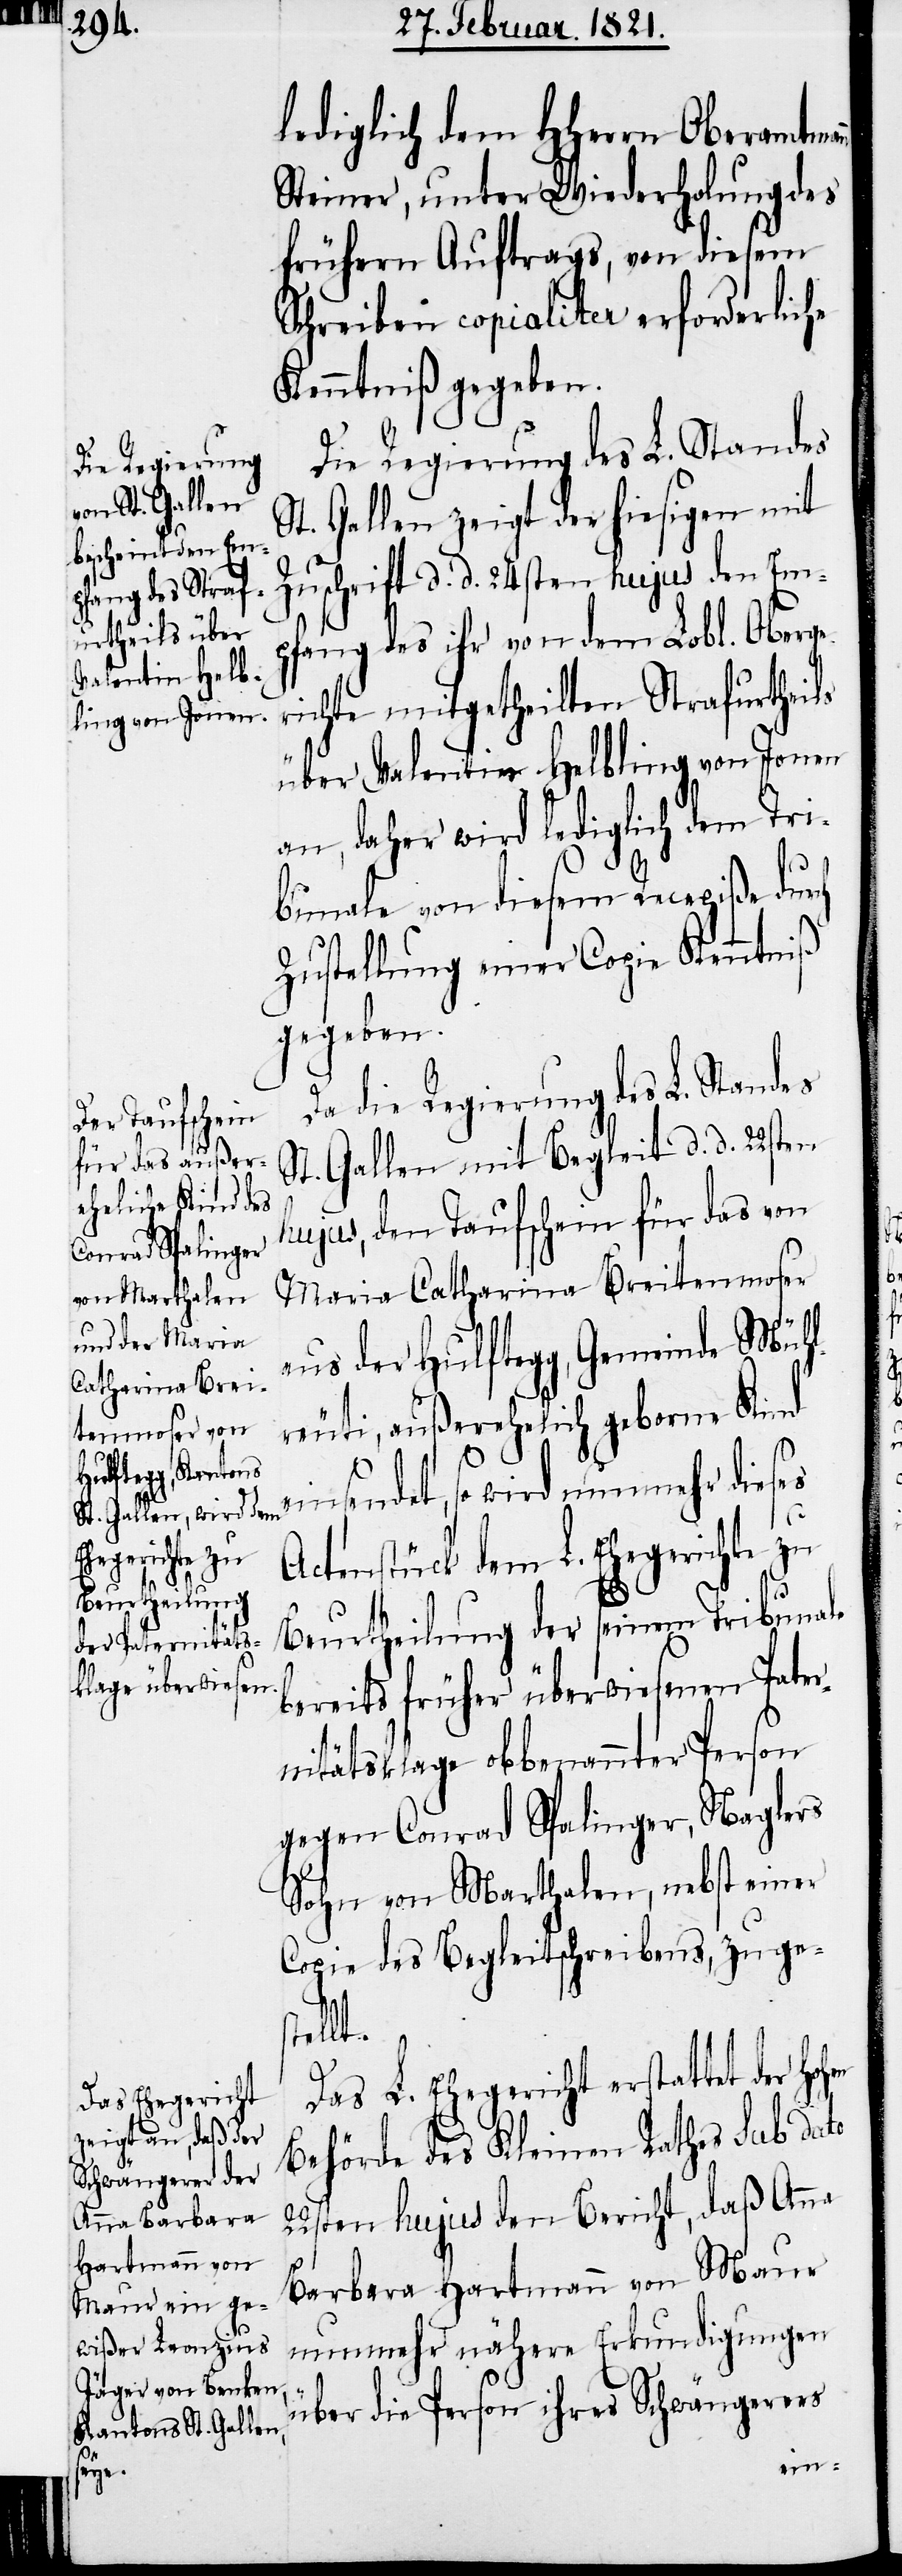
hen

lediglich dem HHerrn Oberamtma¬
Steiner, unter Wiederholung des
frühern Auftrags, von diesem
Schreiben copialiter erforderliche
Kenntniß gegeben.
Die Regierung des L. Standes
St. Gallen zeigt der hiesigen mit
Zuschrift d. d. 24sten hujus den Emp¬
fang des ihr von dem Lobl. Oberg¬
richte mitgetheilten Strafurtheils
über Valentin Helbling von Jonen
an, daher wird lediglich dem Tri¬
bunale von diesem Recepiße dur¬
Zustellung einer Copie Kenntniß
gegeben.
Da die Regierung des L. Standes
St. Gallen mit Begleit d. d. 22sten
hujus, den Taufschein für das von
Maria Catharina Breitenmoser
aus der Hulftegg, Gemeinde Mühl¬
reuti, außerehelich geborne Kind
ch
einsendet, so wird nunmehr dieses
Actenstück dem L. Ehegerichte zu
Burtheilung der seinem Tribunale
bereits früher überwiesenen Pate¬
rnitätsklage obbenannter Person
gegen Conrad Spalinger, Naglers
Sohn von Marthalen, nebst einer
Copie des Begleitschreibens, zuge¬
stellt.
Das L. Ehegericht erstattet der ho¬
Behörde des Kleinen Rathes sub dato
22sten hujus den Bericht, daß Anna
Barbara Hartmann von Maur
nunmehr nähere Erkundigungen
nn
über die Person ihres Schwängerers